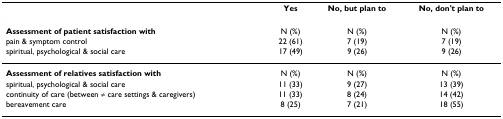
<table><thead><tr><td></td><td><b>Yes</b></td><td><b>No, but plan to</b></td><td><b>No, don&#x27;t plan to</b></td></tr></thead><tbody><tr><td><b>Assessment of patient satisfaction with</b></td><td>N (%)</td><td>N (%)</td><td>N (%)</td></tr><tr><td>pain &amp; symptom control</td><td>22 (61)</td><td>7 (19)</td><td>7 (19)</td></tr><tr><td>spiritual, psychological &amp; social care</td><td>17 (49)</td><td>9 (26)</td><td>9 (26)</td></tr><tr><td><b>Assessment of relatives satisfaction with</b></td><td>N (%)</td><td>N (%)</td><td>N (%)</td></tr><tr><td>spiritual, psychological &amp; social care</td><td>11 (33)</td><td>9 (27)</td><td>13 (39)</td></tr><tr><td>continuity of care (between ≠ care settings &amp; caregivers)</td><td>11 (33)</td><td>8 (24)</td><td>14 (42)</td></tr><tr><td>bereavement care</td><td>8 (25)</td><td>7 (21)</td><td>18 (55)</td></tr></tbody></table>